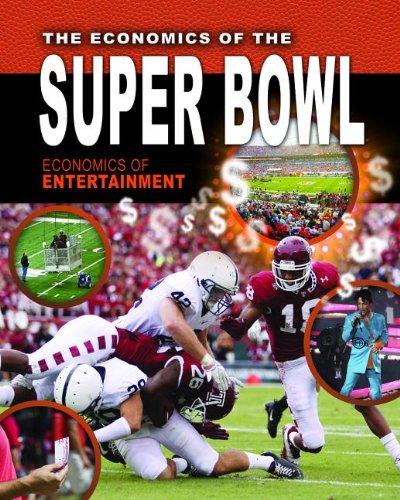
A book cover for The Economics of the Super Bowl (Economics of Entertainment); Reagan Miller; Teen & Young Adult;